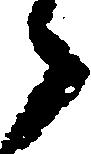
々